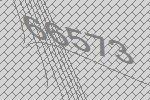
66573